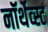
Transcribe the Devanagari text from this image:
नॉर्थेव्स्ट